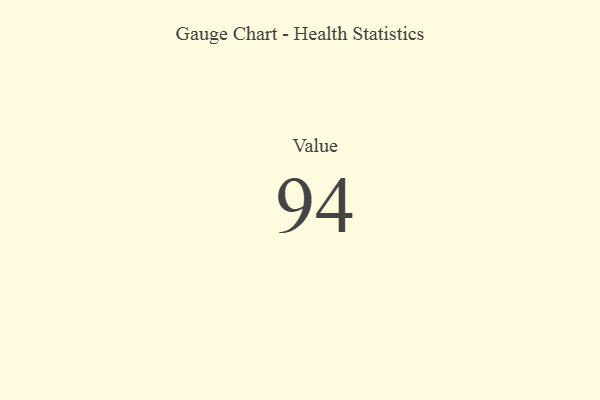
{"axis": {"x": "Metric", "y": "Value"}, "legend": [""], "data": [{"x": "Value", "y": 94, "type": ""}]}